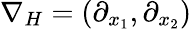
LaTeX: \nabla_{H}=(\partial_{x_{1}},\partial_{x_{2}})